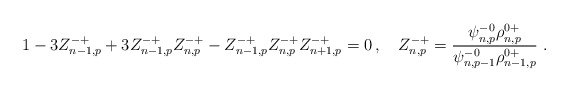
\begin{align*} 1-3Z^{-+}_{n-1,p}+3Z^{-+}_{n-1,p}Z^{-+}_{n,p}-Z^{-+}_{n-1,p}Z^{-+}_{n,p}Z^{-+}_{n+1,p}=0\,, \quad Z^{-+}_{n,p}=\frac{\psi^{-0}_{n,p} \rho^{0+}_{n,p}}{\psi^{-0}_{n,p-1} \rho^{0+}_{n-1,p}} \ .\end{align*}